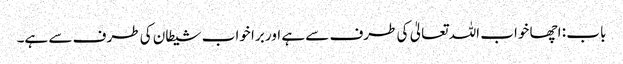
باب : اچھا خواب اللہ تعالیٰ کی طرف سے ہے اور برا خواب شیطان کی طرف سے ہے۔